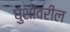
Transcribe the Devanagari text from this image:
घुशींवरील